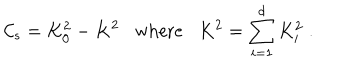
{ \cal C } _ { s } = K _ { 0 } ^ { 2 } - K ^ { 2 } \mathrm { w h e r e } K ^ { 2 } = \sum _ { i = 1 } ^ { d } K _ { i } ^ { 2 } \; .